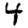
Digit: 4